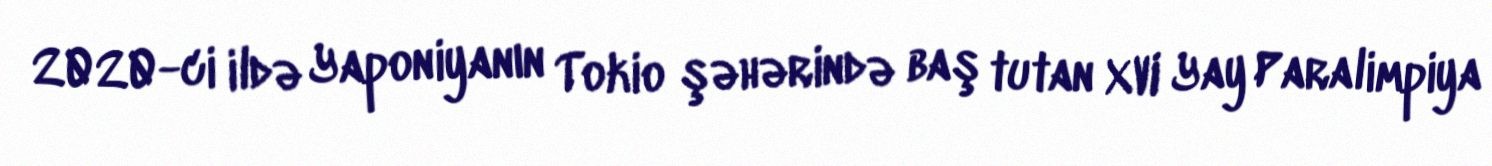
2020-ci ildə Yaponiyanın Tokio şəhərində baş tutan XVI Yay Paralimpiya